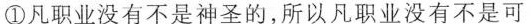
①凡职业没有不是神圣的，所以凡职业没有不是可